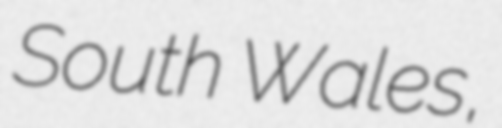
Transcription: South Wales,